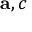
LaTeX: \mathbf { a } , c